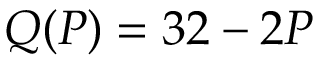
Q ( P ) = 3 2 - 2 P